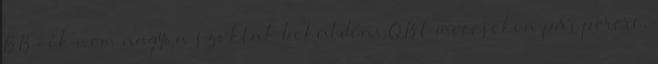
BB-ék nem nagyon szoktak beküldeni QBt meccseken pár percre,